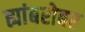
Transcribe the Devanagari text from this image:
ह्यांबरोबर